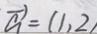
\overrightarrow { a } = ( 1 , 2 )